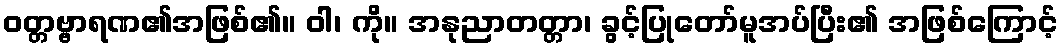
ဝတ္တဗ္ဗာရဏ၏အဖြစ်၏။ ဝါ၊ ကို။ အနုညာတတ္တာ၊ ခွင့်ပြုတော်မူအပ်ပြီး၏ အဖြစ်ကြောင့်